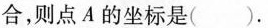
合，则点A的坐标是()。